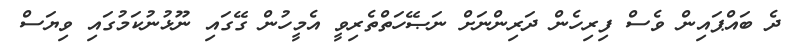
ދެ ބައްޕައިން ވެސް ފިރިހެން ދަރިންނަށް ނަޞޭހަތްތެރިވީ އެމީހުން ގޭގައި ނޫޅުނުކަމުގައި ވިޔަސް